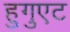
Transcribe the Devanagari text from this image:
हुगुएट